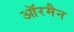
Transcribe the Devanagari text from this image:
ऑरमैन